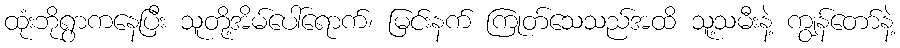
ထုံးဘိုရွာကနေပြီး သူတို့အိမ်ပေါ်ရောက်၊ မြင်းနက် ကြုတ်သေသည်အထိ သူ့သမီးနဲ့ ကျွန်တော်နဲ့